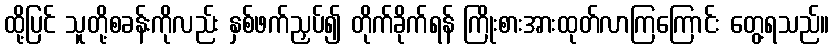
ထို့ပြင် သူတို့စခန်းကိုလည်း နှစ်ဖက်ညှပ်၍ တိုက်ခိုက်ရန် ကြိုးစားအားထုတ်လာကြကြောင်း တွေ့ရသည်။